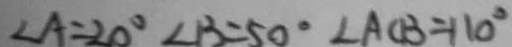
\angle A = 2 0 ^ { \circ } \angle B = 5 0 ^ { \circ } \angle A C B = 1 1 0 ^ { \circ }